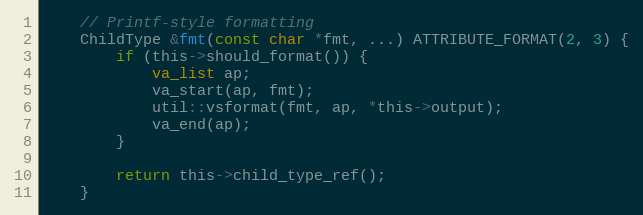
Language: C
	// Printf-style formatting
	ChildType &fmt(const char *fmt, ...) ATTRIBUTE_FORMAT(2, 3) {
		if (this->should_format()) {
			va_list ap;
			va_start(ap, fmt);
			util::vsformat(fmt, ap, *this->output);
			va_end(ap);
		}

		return this->child_type_ref();
	}